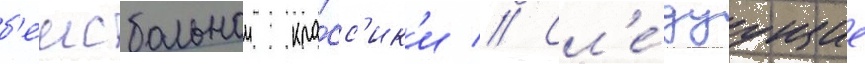
б'еисбольнои кла́сс'ик'и // Сл'е́дуущие